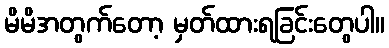
မိမိအတွက်တော့ မှတ်ထားရခြင်းတွေပါ။